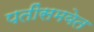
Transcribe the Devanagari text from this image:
पतींसमवेत